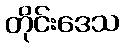
တိုင်းဒေသ